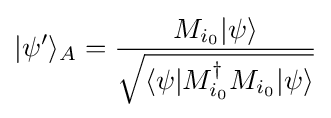
|\psi '\rangle _{A}={\frac {M_{i_{0}}|\psi \rangle }{\sqrt {\langle \psi |M_{i_{0}}^{\dagger }M_{i_{0}}|\psi \rangle }}}